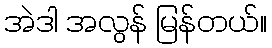
အဲဒါ အလွန် မြန်တယ်။